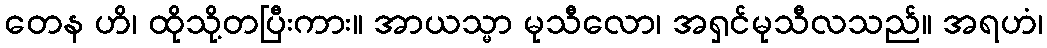
တေန ဟိ၊ ထိုသို့တပြီးကား။ အာယသ္မာ မုသီလော၊ အရှင်မုသီလသည်။ အရဟံ၊